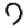
Digit: 7